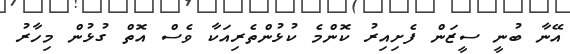
އޭނާ ބުނީ ސީޒަން ފެށިއިރު ކޮންމެ ކުޅުންތެރިއަކާ ވެސް އޮތް ގުޅުން މިހާރު